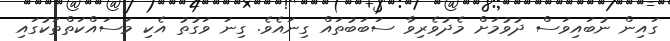
ގައިން ނުބައިވަސް ދުވުމަށް މެދުވެރިވާ ސަބަބުތައް ގިނައެވެ. ގިނަ ވަގުތު އެކި މަސައްކަތްތަކުގައި